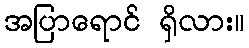
အပြာရောင် ရှိလား။